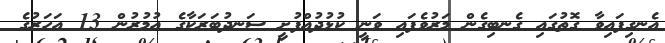
އެނގިފައިވާ ގޮތުގައި ގެނބިގެން މަރުވެފައި ވަނީ ކުޅުދުއްފުށީ ސަނދުބަރަކާގެ އުމުރުން 13 އަހަރުގެ